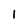
Character: I